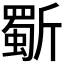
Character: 𭤦